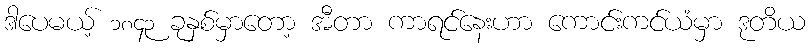
ဒါပေမယ့် ၁၈၄၃ ခုနှစ်မှာတော့ အီတာ ကာရင်နေးဟာ ကောင်းကင်ယံမှာ ဒုတိယ